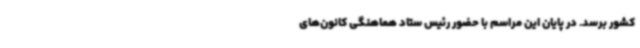
کشور برسد. در پایان این مراسم با حضور رئیس ستاد هماهنگی کانون‌های